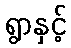
ရွာနှင့်